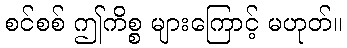
စင်စစ် ဤကိစ္စ များကြောင့် မဟုတ်။